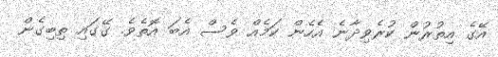
އޭގެ އިތުރުން ކުރެވިދާނެ އެހެން ކަމެއް ވެސް އެބަ އޮތެވެ. ގޭގައި ތިބިގެން